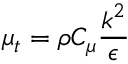
\mu _ { t } = \rho C _ { \mu } \frac { k ^ { 2 } } { \epsilon }